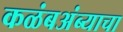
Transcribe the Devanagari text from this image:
कळंबअंब्याचा